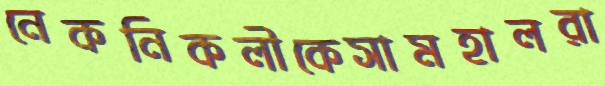
নেকনিকলীকেসামহালরা